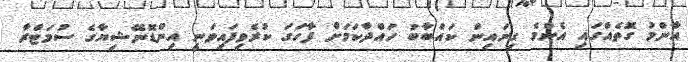
އާންމު ގޮތެއްގައި އެންމެ ގިނައިން ކައްބާބު ހައްދާކަމަށް ފާހަގަ ކުރެވިފައިވަނީ އިންޑޮނޭޝިޔާގެ ސުމަޓްރާ